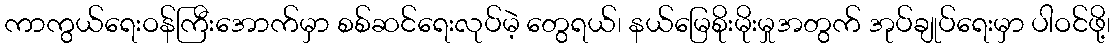
ကာကွယ်ရေးဝန်ကြီးအောက်မှာ စစ်ဆင်ရေးလုပ်မဲ့ တွေရယ်၊ နယ်မြေစိုးမိုးမှုအတွက် အုပ်ချုပ်ရေးမှာ ပါဝင်ဖို့၊